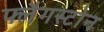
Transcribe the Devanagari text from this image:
फ्लैगस्टोन